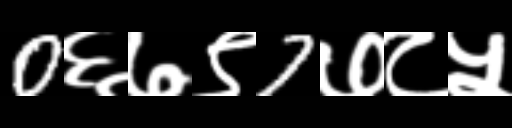
Text: 0६७९7७८५